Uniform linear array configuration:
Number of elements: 16
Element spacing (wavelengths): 0.25
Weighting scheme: cosine
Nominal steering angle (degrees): -45
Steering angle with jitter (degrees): -44.8
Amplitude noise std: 0.05
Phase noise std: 0.05

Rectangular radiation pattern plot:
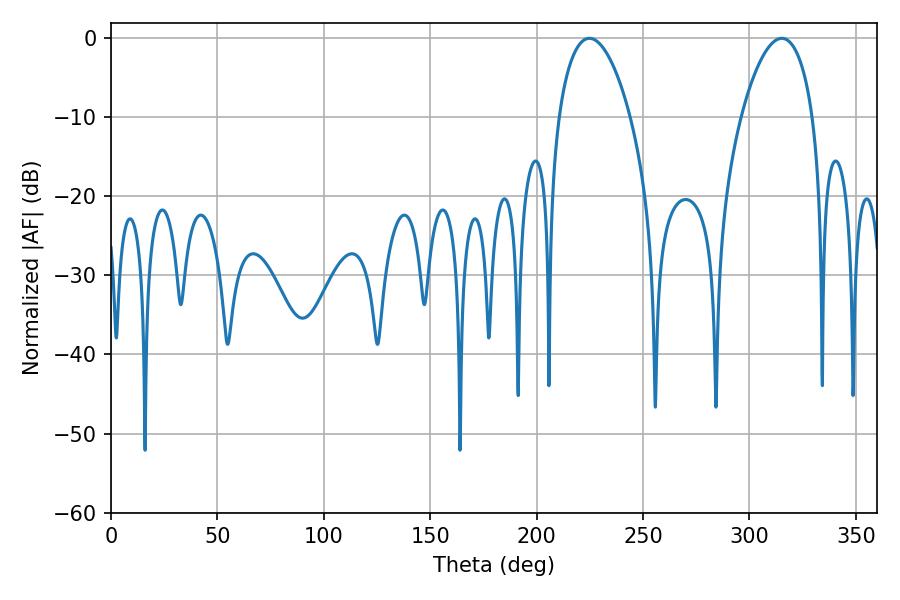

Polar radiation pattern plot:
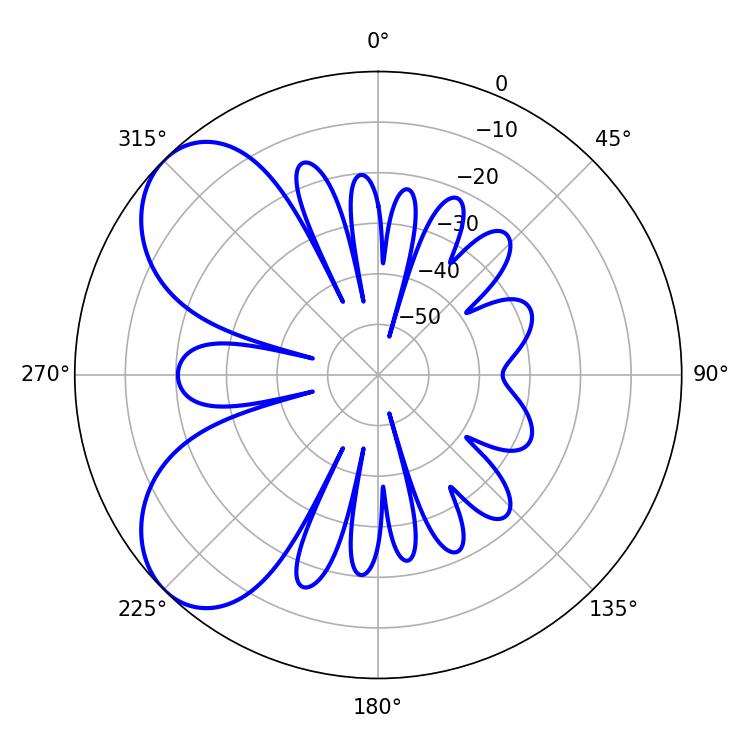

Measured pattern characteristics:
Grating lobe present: FALSE
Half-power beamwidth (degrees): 18.9
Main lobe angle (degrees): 224.82